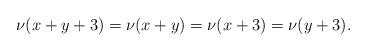
LaTeX: \begin{align*}\nu(x+y+3)=\nu(x+y)=\nu(x+3)=\nu(y+3).\end{align*}